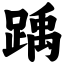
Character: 踽